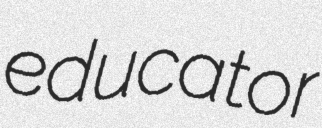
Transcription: educator